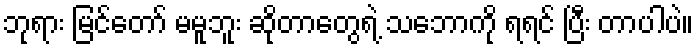
ဘုရား မြင်တော် မမူဘူး ဆိုတာတွေရဲ့ သဘောကို ရရင် ပြီး တာပါပဲ။